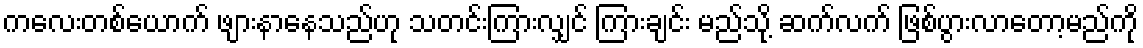
ကလေးတစ်ယောက် ဖျားနာနေသည်ဟု သတင်းကြားလျှင် ကြားချင်း မည်သို့ ဆက်လက် ဖြစ်ပွားလာတော့မည်ကို